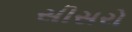
સીસરો